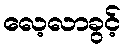
လေ့လာခွင့်